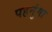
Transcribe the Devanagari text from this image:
पहनुंगा